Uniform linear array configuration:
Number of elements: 24
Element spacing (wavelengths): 0.25
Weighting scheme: hann
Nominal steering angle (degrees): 0
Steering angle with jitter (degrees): -1.13
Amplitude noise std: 0.05
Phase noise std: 0.05

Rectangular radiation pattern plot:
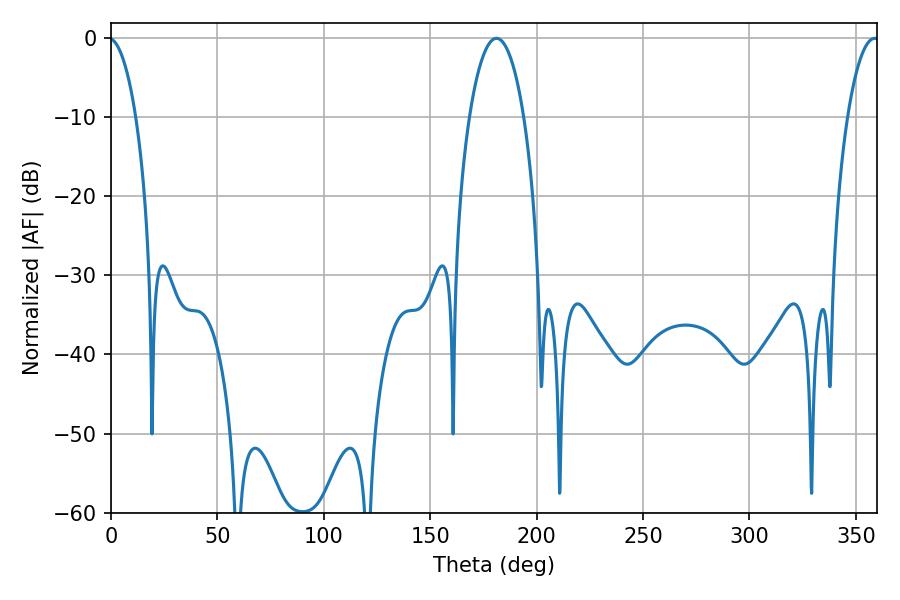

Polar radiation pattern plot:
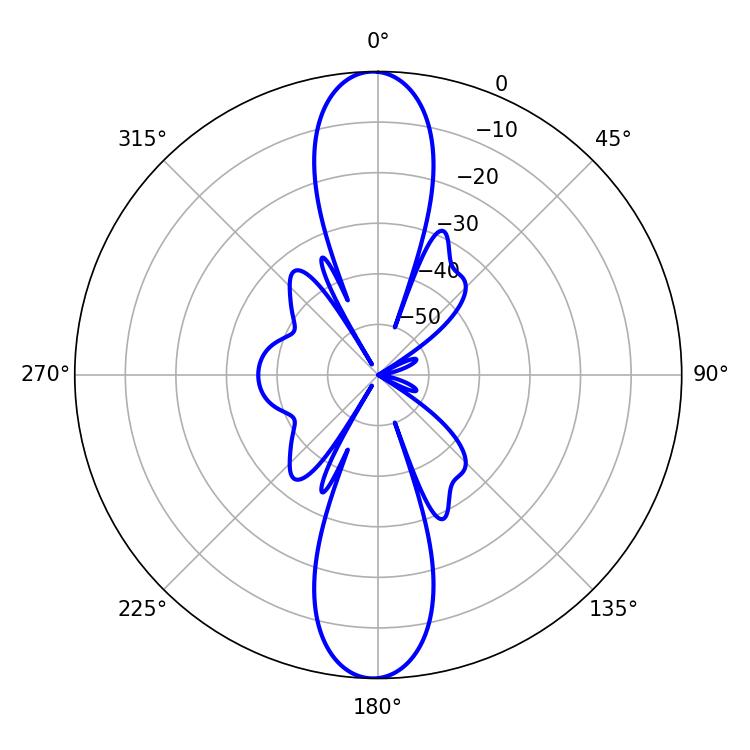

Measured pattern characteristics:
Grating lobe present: FALSE
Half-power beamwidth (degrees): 14.4
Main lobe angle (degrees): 181.08